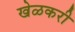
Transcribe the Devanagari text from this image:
खेळकरी